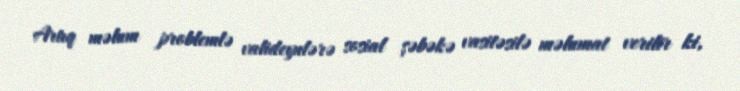
Artıq məlum problemlə valideynlərə sosial şəbəkə vasitəsilə məlumat verilir ki,